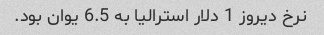
نرخ دیروز 1 دلار استرالیا به 6.5 یوان بود.